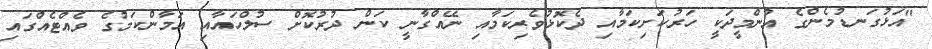
"އަޅުގަނޑުމެންގެ އުންމީދަކީ ހަރުކަށިކަމާއި ދެކޮޅުވެެރިކަމާއި ނޭއްގާނީ ކަން ދުރުކޮށް ސުލްހައާއި އަމާންކަމުގެ ވެއްޓެއްގައި